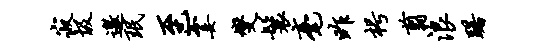
寂圾邀珉至霎燮鬟毫昨枵翦浪躇